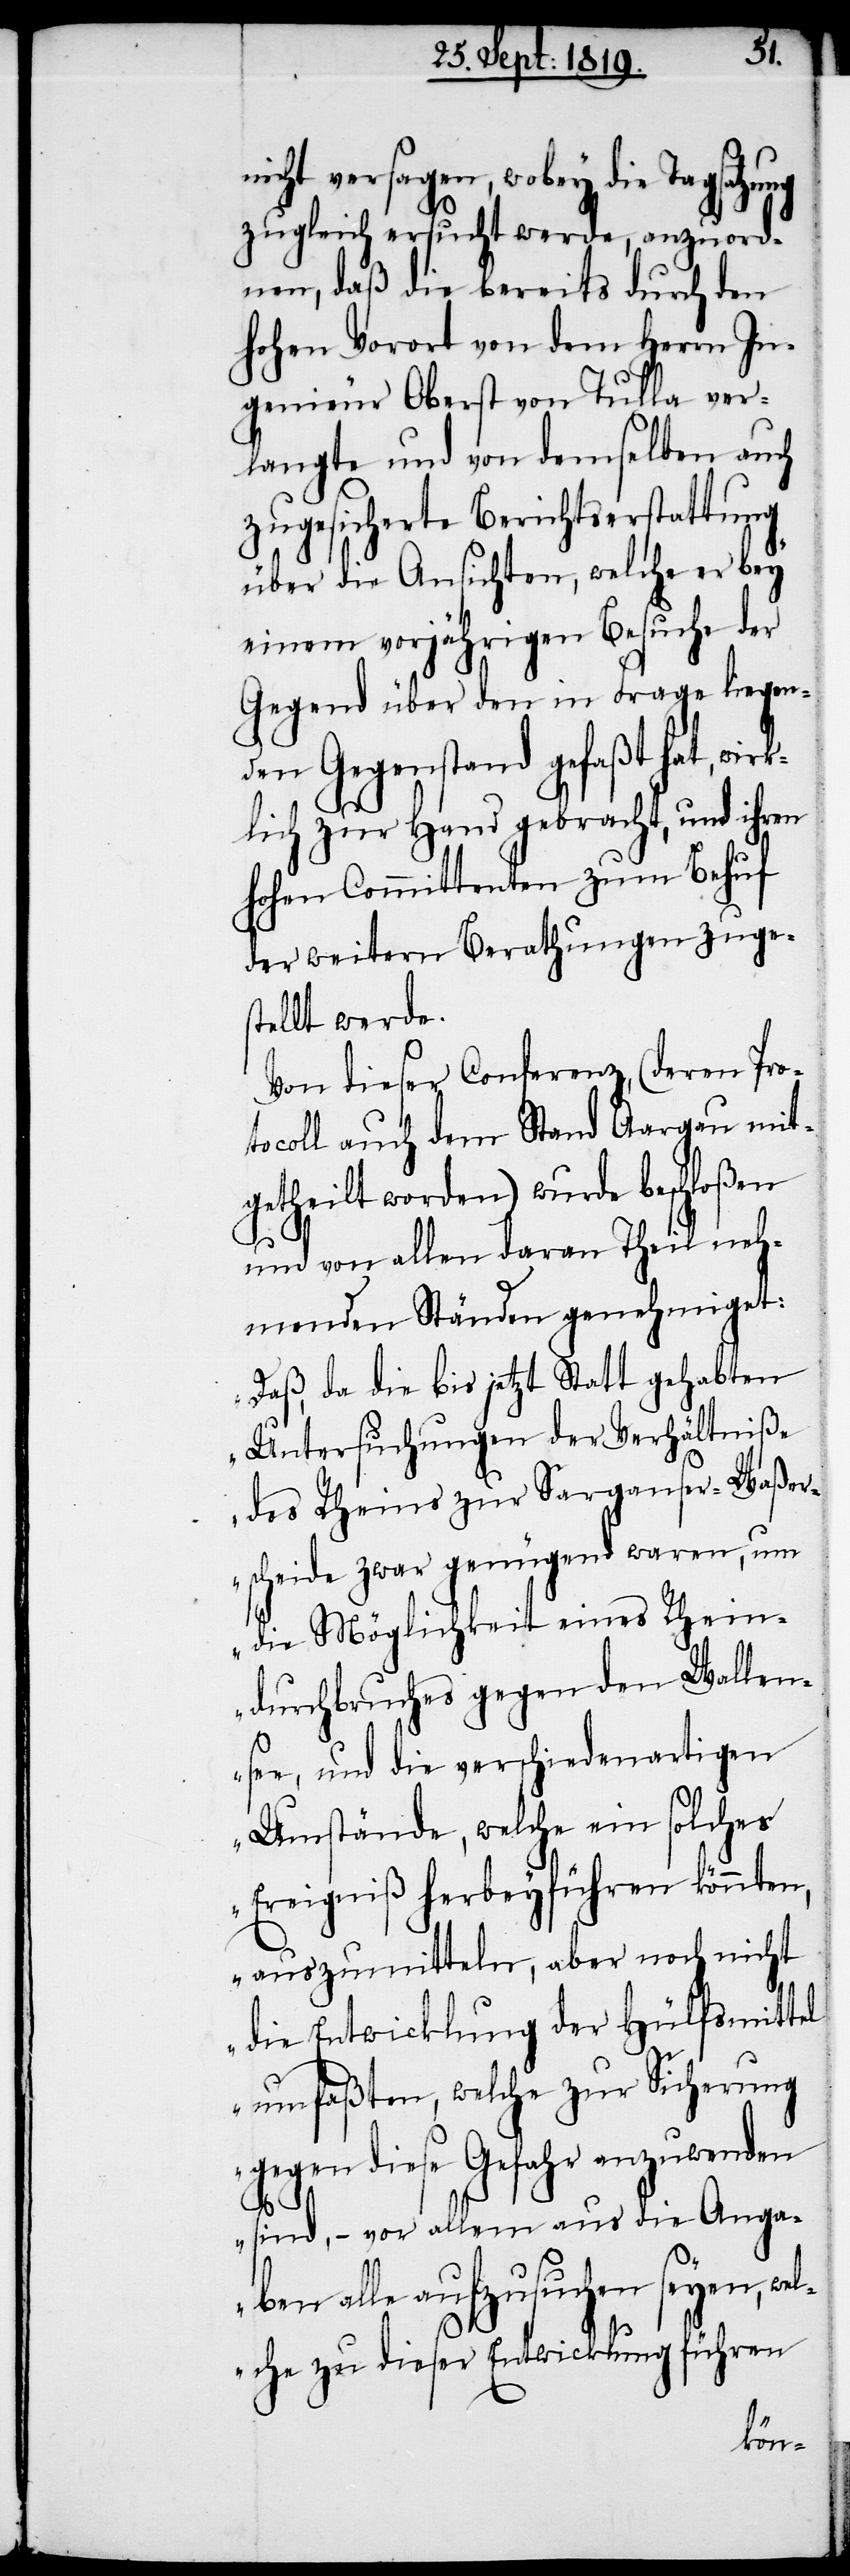
ni¬
cht versagen, wobey die Tagsat¬
zugleich ersucht werde, anzuord¬
nen, daß die bereits durch den
hohen Vorort von dem Herrn In¬
genieur Oberst von Tulla ver¬
langte und von demselben auch
zugesicherte Berichtserstattung
über die Ansichten, welche er bey
einem vorjährigen Besuche der
Gegend über den in Frage liegen¬
den Gegenstand gefaßt hat, wir¬
klich zur Hand gebracht, und ihren
hohen Committenten zum Behuf
der weitern Berathungen zuges¬
tellt werde.
Von dieser Conferenz, (deren Pro¬
tocoll auch dem Stand Aargau mit¬
getheilt worden) wurde beschloßen
und von allen daran Theil neh¬
menden Ständen genehmiget:
„Daß, da die bis jetzt Statt gehabten
Untersuchungen der Verhältniße
des Rheins zur Sarganser-Waßer¬
scheide zwar genügend waren, um
die Möglichkeit eines Rhein¬
durchbruches gegen den Wallen¬
see, und die verschiedenartigen
Umstände, welche ein solches
Ereigniß herbeyführen könnten,
auszumitteln, aber noch nicht
die Entwicklung der Hülfsmittel
umfaßten, welche zur Sicherung
gegen diese Gefahr anzuwenden
sind, – vor allem aus die Anga¬
ben alle aufzusuchen seyen, w¬
elche zu dieser Entwicklung führen
zung